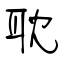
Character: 耽